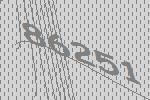
86251